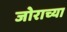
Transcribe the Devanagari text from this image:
जोराच्या